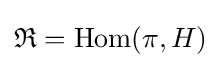
{\mathfrak {R}}=\operatorname {Hom} (\pi ,H)